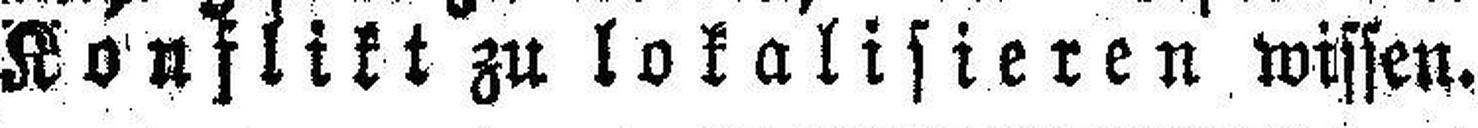
Konflikt zu lokalisieren wissen.